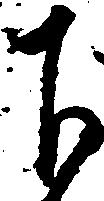
下